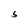
Character: 5